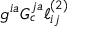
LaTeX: g ^ { i a } G _ { c } ^ { j a } \ell _ { i j } ^ { ( 2 ) }